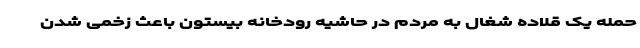
حمله یک قلاده شغال به مردم در حاشیه رودخانه‌ بیستون باعث زخمی شدن